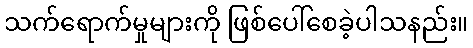
သက်ရောက်မှုများကို ဖြစ်ပေါ်စေခဲ့ပါသနည်း။